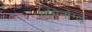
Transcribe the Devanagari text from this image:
एमिनोग्लू